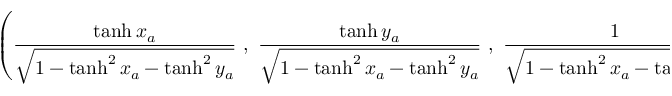
\left( { \frac { \operatorname { t a n h } x _ { a } } { \sqrt { 1 - \operatorname { t a n h } ^ { 2 } x _ { a } - \operatorname { t a n h } ^ { 2 } y _ { a } } } } \ , \ { \frac { \operatorname { t a n h } y _ { a } } { \sqrt { 1 - \operatorname { t a n h } ^ { 2 } x _ { a } - \operatorname { t a n h } ^ { 2 } y _ { a } } } } \ , \ { \frac { 1 } { \sqrt { 1 - \operatorname { t a n h } ^ { 2 } x _ { a } - \operatorname { t a n h } ^ { 2 } y _ { a } } } } \right)